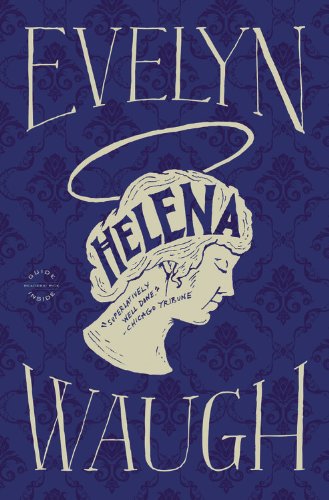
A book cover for Helena; Evelyn Waugh; Literature & Fiction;